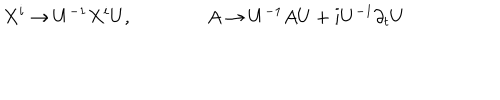
LaTeX: X ^ { i } \to U ^ { - 1 } X ^ { i } U , \qquad \qquad A \to U ^ { - 1 } A U + i U ^ { - 1 } \partial _ { t } U